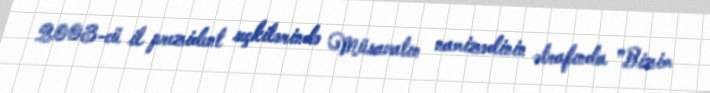
2003-cü il prezident seçkilərində Müsavatın namizədinin ətrafında ”Bizim